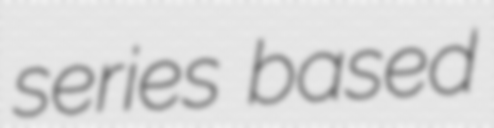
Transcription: series based